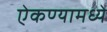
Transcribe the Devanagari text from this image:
ऐकण्यामध्ये